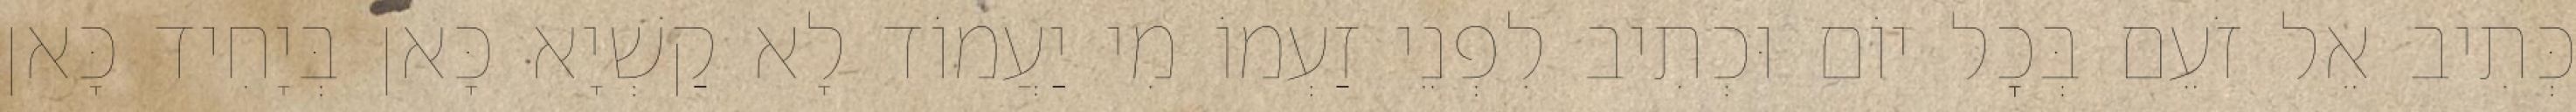
כְּתִיב אֵל זֹעֵם בְּכׇל יוֹם וּכְתִיב לִפְנֵי זַעְמוֹ מִי יַעֲמוֹד לָא קַשְׁיָא כָּאן בְּיָחִיד כָּאן